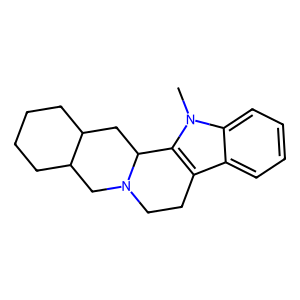
SMILES: Cn1c2c(c3ccccc31)CCN1CC3CCCCC3CC21
Inhibits HIV replication: No